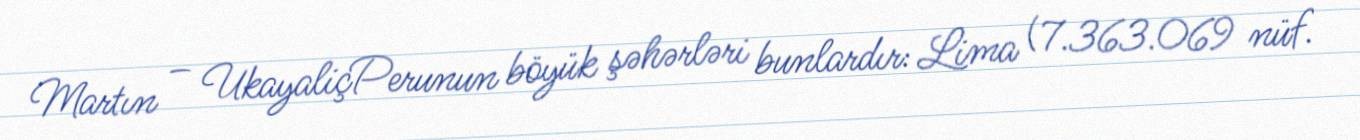
Martın – UkayaliçPerunun böyük şəhərləri bunlardır: Lima (7.363.069 nüf.